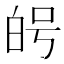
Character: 𭽑